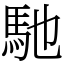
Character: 馳